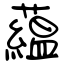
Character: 藴